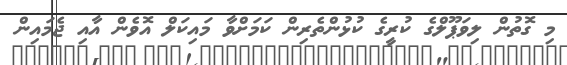
މި ގޮތުން ލިވަޕޫލްގެ ކުރީގެ ކުޅުންތެރިން ކަމަށްވާ މައިކަލް އޮވެން އާއި ޖެމައިން